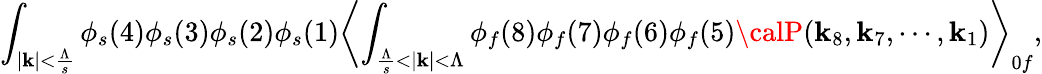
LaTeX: \int_{|\mathbf{k}|<\frac{{\Lambda}}{{s}}}\phi_{s}(4)\phi_{s}(3)\phi_{s}(2)\phi_{s}(1)\biggl<\int_{\frac{{\Lambda}}{{s}}<|\mathbf{k}|<\Lambda}\phi_{f}(8)\phi_{f}(7)\phi_{f}(6)\phi_{f}(5){\calP}(\mathbf{k}_{8},\mathbf{k}_{7},\cdots,\mathbf{k}_{1})\biggr>_{0f},